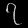
Digit: ၇